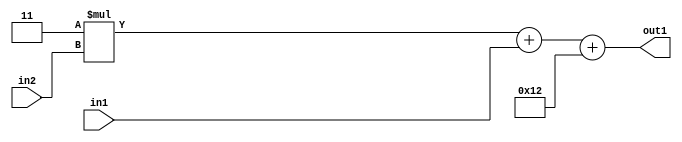
`timescale 1ps / 1ps
/*****************************************************************************
    Verilog RTL Description
    
    
    Created by: Stratus DpOpt 21.05.01 
*******************************************************************************/

module SobelFilter_Add2i18Add2u2Mul2i3u2_1 (
	in2,
	in1,
	out1
	); /* architecture "behavioural" */ 
input [1:0] in2,
	in1;
output [4:0] out1;
wire [4:0] asc001,
	asc003;

wire [4:0] asc003_tmp_0;
assign asc003_tmp_0 = 
	+(5'B00011 * in2);
assign asc003 = asc003_tmp_0
	+(in1);

assign asc001 = 
	+(asc003)
	+(5'B10010);

assign out1 = asc001;
endmodule

/* CADENCE  uLT1Sw4= : u9/ySxbfrwZIxEzHVQQV8Q== ** DO NOT EDIT THIS LINE ******/